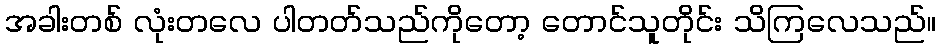
အခါးတစ် လုံးတလေ ပါတတ်သည်ကိုတော့ တောင်သူတိုင်း သိကြလေသည်။